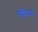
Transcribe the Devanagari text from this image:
रशियऩ